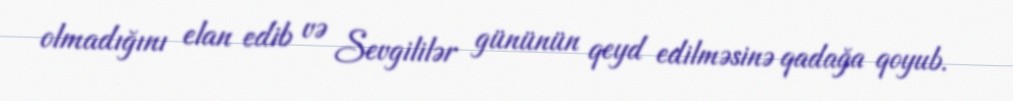
olmadığını elan edib və Sevgililər gününün qeyd edilməsinə qadağa qoyub.